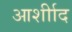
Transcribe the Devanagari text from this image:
आर्शीाद